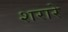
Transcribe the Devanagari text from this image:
शरारे